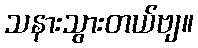
သနားသွားတယ်ဗျ။